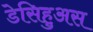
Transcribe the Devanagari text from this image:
डेसिहुअस